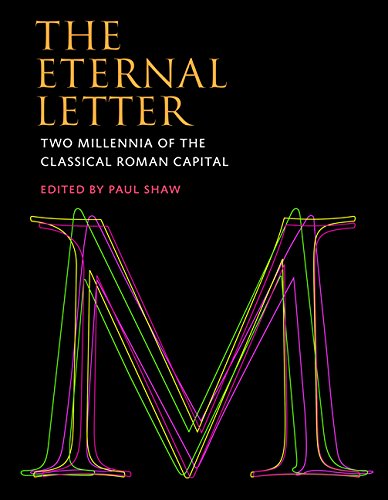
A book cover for The Eternal Letter: Two Millennia of the Classical Roman Capital (Codex Studies in Letterforms); Arts & Photography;